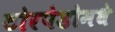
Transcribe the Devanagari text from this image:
टोरपेडोमधे